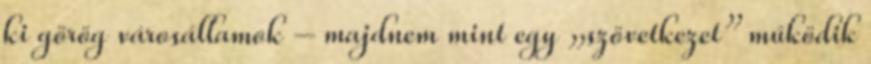
ki görög városállamok – majdnem mint egy „szövetkezet” működik